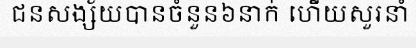
ជនសង្ស័យបានចំនួន៦នាក់ ហើយសួរនាំ